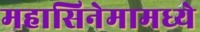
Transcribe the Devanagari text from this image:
महासिनेमामध्ये